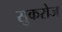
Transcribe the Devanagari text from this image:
सुकरोज